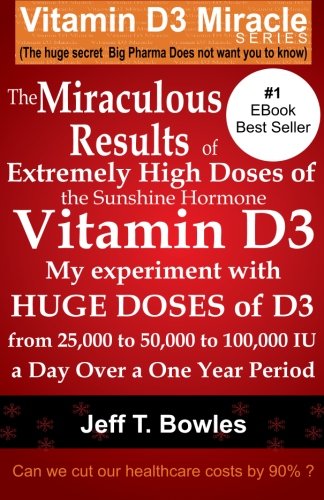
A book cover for The Miraculous Results Of  Extremely High Doses Of  The Sunshine Hormone Vitamin D3  My Experiment With Huge Doses Of D3 From 25,000 To 50,000 To 100,000 Iu A Day Over A 1 Year Period; Jeff T Bowles; Health, Fitness & Dieting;